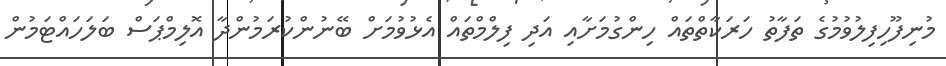
މުނިފޫހިފިލުވުމުގެ ތަފާތު ހަރަކާތްތައް ހިންގުމަށާއި އަދި ފިލްމްތައް އެޅުވުމަށް ބޭނުންކުރަމުންދާ އޮލިމްޕަސް ބަލަހައްޓަމުން